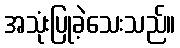
အသုံးပြုခဲ့သေးသည်။